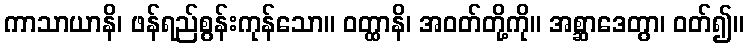
ကာသာယာနိ၊ ဖန်ရည်စွန်းကုန်သော။ ဝတ္ထာနိ၊ အဝတ်တို့ကို။ အစ္ဆာဒေတွာ၊ ဝတ်၍။